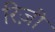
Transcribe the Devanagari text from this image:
रिज़ी